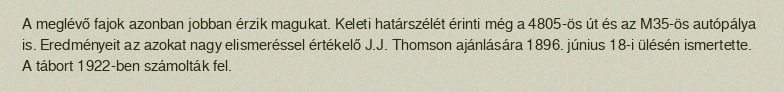
A meglévő fajok azonban jobban érzik magukat. Keleti határszélét érinti még a 4805-ös út és az M35-ös autópálya is. Eredményeit az azokat nagy elismeréssel értékelő J.J. Thomson ajánlására 1896. június 18-i ülésén ismertette. A tábort 1922-ben számolták fel.